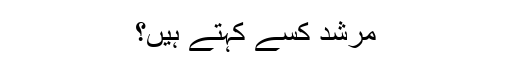
مرشد کسے کہتے ہیں؟